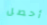
أحصل